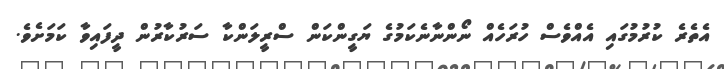
އެތެރެ ކުރުމުގައި އެއްވެސް ހުރަހެއް ނޯންނާނެކަމުގެ ޔަގީންކަން ސްރީލަންކާ ސަރުކާރުން ދީފައިވާ ކަމަށެވެ.